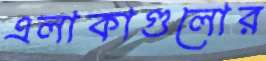
এলাকাগুলোর